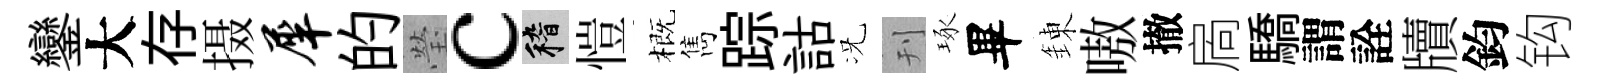
鑾大存摄犀的瑩c稽愷概雋踪詁况刊琢畢錬嗷撤扄驕謂詮牘鈞钩